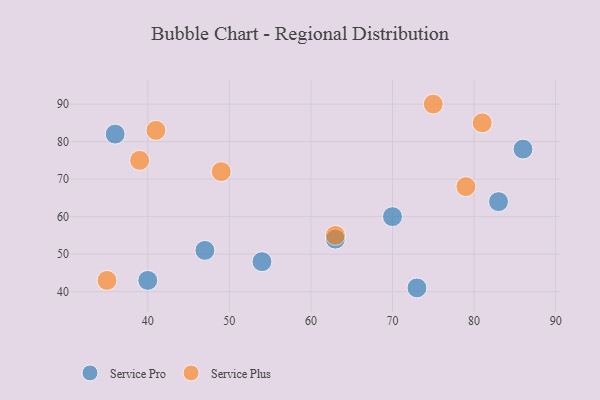
{"axis": {"x": "GDP", "y": "Life Expectancy"}, "legend": ["Service Plus", "Service Pro"], "data": [{"x": "63", "y": 54, "type": "Service Pro"}, {"x": "86", "y": 78, "type": "Service Pro"}, {"x": "47", "y": 51, "type": "Service Pro"}, {"x": "40", "y": 43, "type": "Service Pro"}, {"x": "70", "y": 60, "type": "Service Pro"}, {"x": "73", "y": 41, "type": "Service Pro"}, {"x": "83", "y": 64, "type": "Service Pro"}, {"x": "36", "y": 82, "type": "Service Pro"}, {"x": "54", "y": 48, "type": "Service Pro"}, {"x": "35", "y": 43, "type": "Service Plus"}, {"x": "79", "y": 68, "type": "Service Plus"}, {"x": "39", "y": 75, "type": "Service Plus"}, {"x": "63", "y": 55, "type": "Service Plus"}, {"x": "41", "y": 83, "type": "Service Plus"}, {"x": "81", "y": 85, "type": "Service Plus"}, {"x": "49", "y": 72, "type": "Service Plus"}, {"x": "75", "y": 90, "type": "Service Plus"}]}